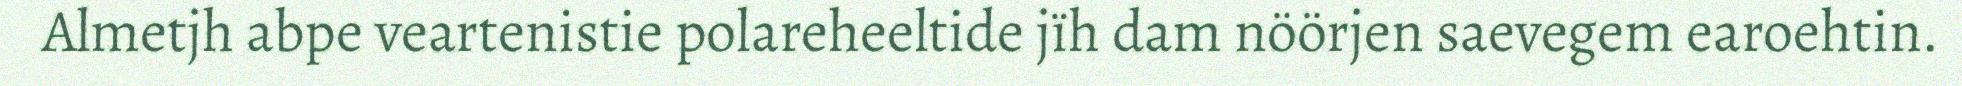
Almetjh abpe veartenistie polareheeltide jïh dam nöörjen saevegem earoehtin.